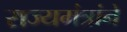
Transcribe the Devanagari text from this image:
राज्यमंत्रांने